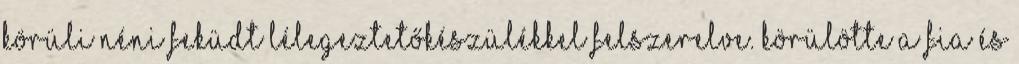
körüli néni feküdt lélegeztetőkészülékkel felszerelve. Körülötte a fia és